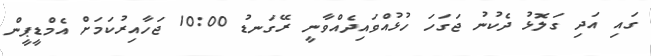
ގައި އަދި ގަލޮޅު ދެކުނު ޖަގަހަ ހުޅުއްވައިދެއްވާނީ ރޭގަނޑު 10:00 ޖަހާއިރުކަމަށް އެމްޑީޕީން